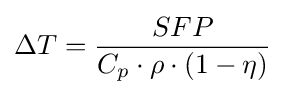
\Delta T={\frac {SFP}{C_{p}\cdot \rho \cdot (1-\eta )}}